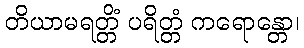
တိယာမရတ္တိံ ပရိတ္တံ ကရောန္တော၊